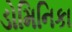
ડોમિનિકા